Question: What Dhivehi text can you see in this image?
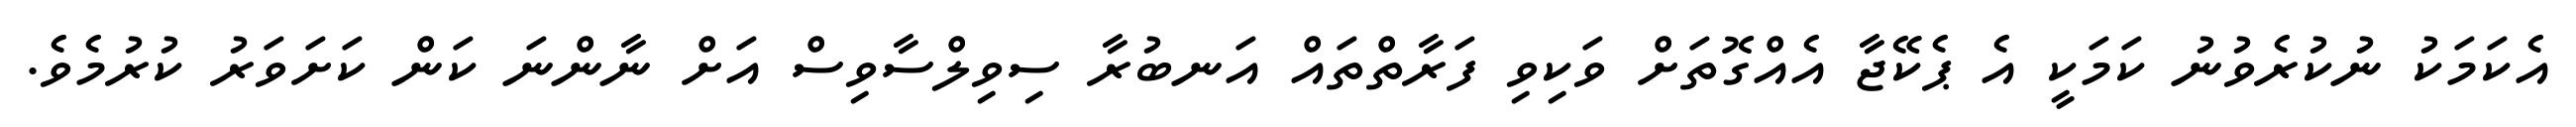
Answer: އެކަމަކު ނުކުރެވުނު ކަމަކީ އެ ޕެކޭޖާ އެއްގޮތަށް ވަކިވި ފަރާތްތައް އަނބުރާ ސިވިލްސާވިސް އަށް ނާންނަ ކަން ކަށަވަރު ކުރުމެވެ.